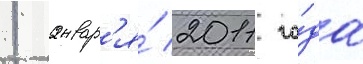
1 январ'я́ 2011 го́да